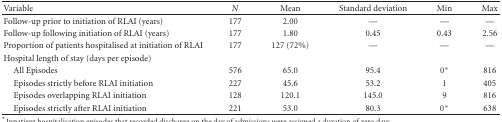
| Variable | N | Mean | Standard deviation | Min | Max |
 | --- | --- | --- | --- | --- | --- |
 | Follow-up prior to initiation of RLAI (years) | 177 | 2.00 | — | — | — |
 | Follow-up following initiation of RLAI (years) | 177 | 1.80 | 0.45 | 0.43 | 2.56 |
 | Proportion of patients hospitalised at initiation of RLAI | 177 | 127 (72%) | — | — | — |
 | Hospital length of stay (days per episode) |  |  |  |  |  |
 | All Episodes | 576 | 65.0 | 95.4 | 0* | 816 |
 | Episodes strictly before RLAI initiation | 227 | 45.6 | 53.2 | 1 | 405 |
 | Episodes overlapping RLAI initiation | 128 | 120.1 | 145.0 | 9 | 816 |
 | Episodes strictly after RLAI initiation | 221 | 53.0 | 80.3 | 0* | 638 |